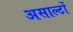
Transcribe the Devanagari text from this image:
असाल्टों